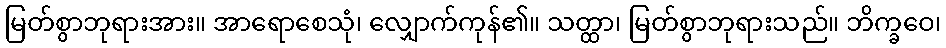
မြတ်စွာဘုရားအား။ အာရောစေသုံ၊ လျှောက်ကုန်၏။ သတ္ထာ၊ မြတ်စွာဘုရားသည်။ ဘိက္ခဝေ၊